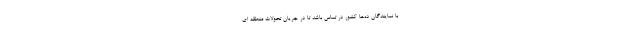
با نمایندگان ده‌­ها کشور در تماس باشد تا در جریان تحولات منطقه ای